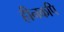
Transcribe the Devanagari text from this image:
हीनकपि